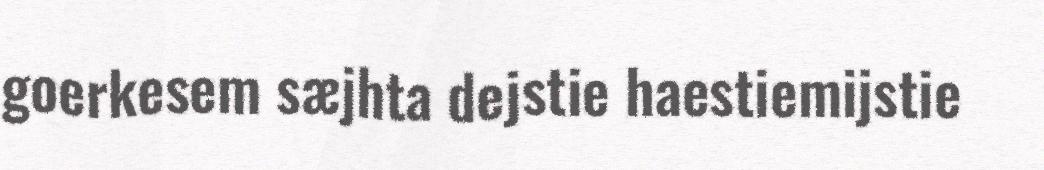
goerkesem sæjhta dejstie haestiemijstie